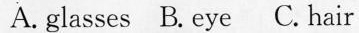
A.glasses B.eye C.hair